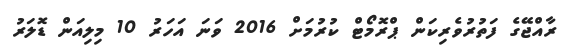
ރާއްޖޭގެ ފަތުރުވެރިކަން ޕްރޮމޯޓް ކުރުމަށް 2016 ވަނަ އަހަރު 10 މިިލިއަން ޑޮލަރު